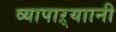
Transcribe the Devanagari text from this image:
व्यापाऱ्याानी